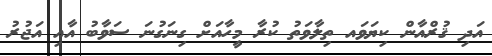
އަދި ޤުރްއާން ކިޔަވައ ތިލާވަތު ކުރާ މީހާއަށް ގިނަގުނަ ސަވާބު އާއި އަޖުރު